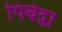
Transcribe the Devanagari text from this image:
पिबेद्वा